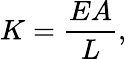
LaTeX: K={\frac{EA}{L}},